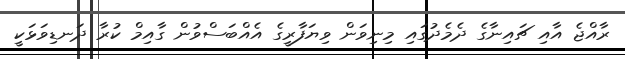
ރާއްޖެ އާއި ޗައިނާގެ ދެމެދުގައި މިނިވަން ވިޔަފާރީގެ އެއްބަސްވުން ގާއިމް ކުރާ ދަނޑިވަޅަކީ